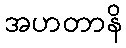
အဟတာနိ